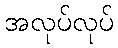
အလုပ်လုပ်